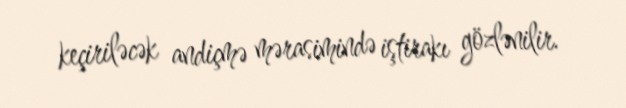
keçiriləcək andiçmə mərasimində iştirakı gözlənilir.